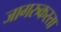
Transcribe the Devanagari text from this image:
जागरुकरता